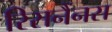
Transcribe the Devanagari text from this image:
रिसनैंनस